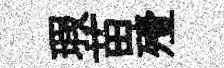
瑕苗殪